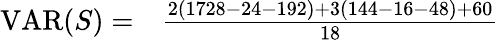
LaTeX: \begin{array}{rl}{\operatorname{VAR}(S)=}&{{}{\frac{2(1728-24-192)+3(144-16-48)+60}{18}}}\end{array}